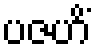
ပဇဟိံ